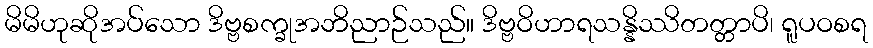
မိမိဟုဆိုအပ်သော ဒိဗ္ဗစက္ခုအဘိညာဉ်သည်။ ဒိဗ္ဗဝိဟာရသန္နိဿိတတ္တာပိ၊ ရူပဝစရ